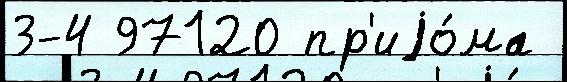
3-4 97120 пр'иjо́ма